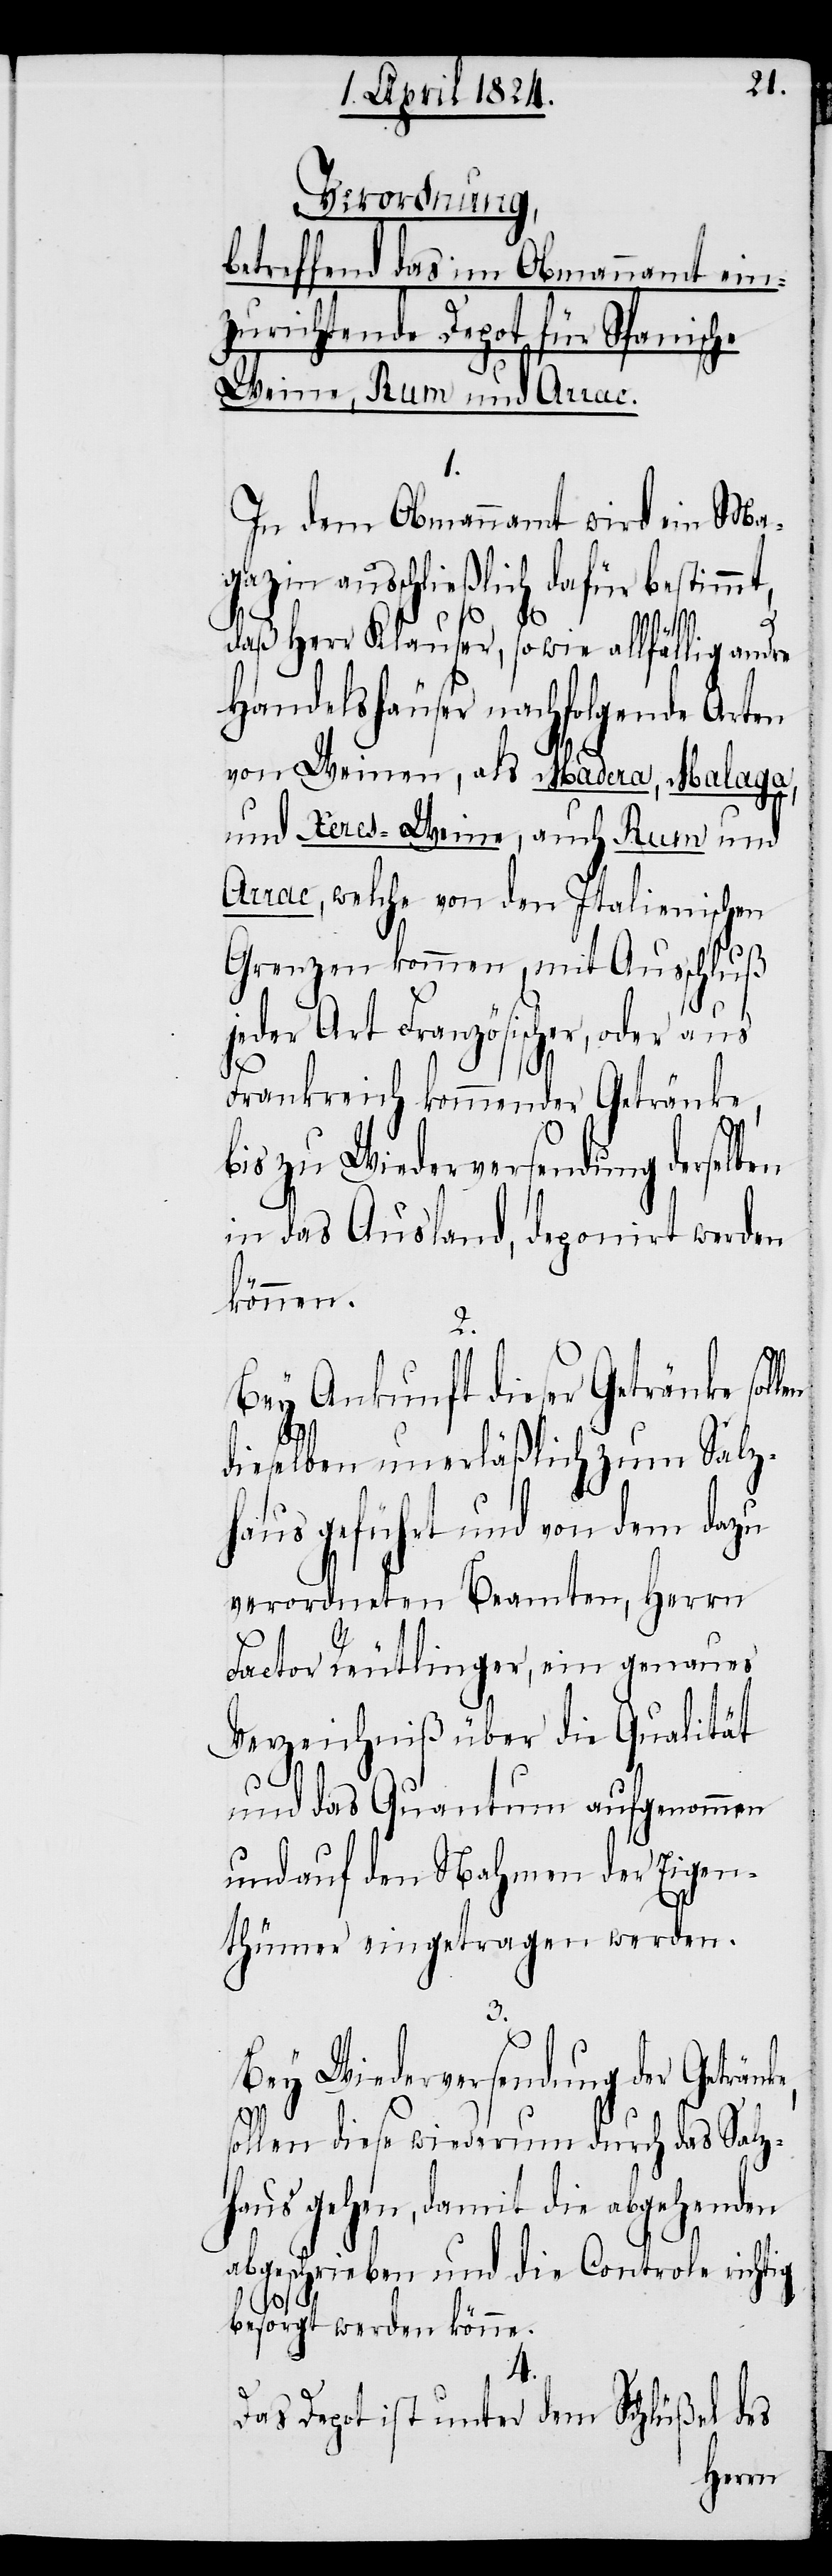
Verordnung,
betreffend das im Obmannamt ein¬
zurichtende Depot für Spanische
Weine, Rum und Arrac.
1.
In dem Obmannamt wird ein Ma¬
gazin ausschließlich dafür bestimmt,
e,
daß Herr Klauser, sowie allfällig andre
Handelshäuser nachfolgende Arten
von Weinen, als Madera, Malaga,
und Xeres-Weine, auch Rum und
Arrac, welche von den Italienischen
Grenzen kommen, mit Ausschluß
jeder Art Französischer, oder aus
Frankreich kommender Getränke,
bis zu Wiederversendung derselben
in das Ausland, deponirt werden
können.
2.
Bey Ankunft dieser Getränke sol¬
len
dieselben unerläßlich zum Salz¬
haus geführt und von dem dazu
verordneten Beamten, Herrn
Factor Reutlinger, ein genaues
Verzeichniß über die Qualität
und das Quantum aufgenommen
und auf den Nahmen der Eigen¬
thümer eingetragen werden.
3.
Bey Wiederversendung der Getränk¬
sollen diese wiederum durch das Salz¬
haus gehen, damit die abgehenden
abgeschrieben und die Controle richtig
besorgt werden könne.
4.
Das Depot ist unter dem Schlüßel des